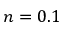
n = 0 . 1